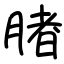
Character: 䐗